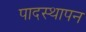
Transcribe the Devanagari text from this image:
पादस्थापन